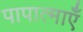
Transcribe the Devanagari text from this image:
पापात्माएँ